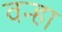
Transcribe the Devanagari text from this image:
वन्हा